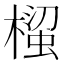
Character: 𭫵